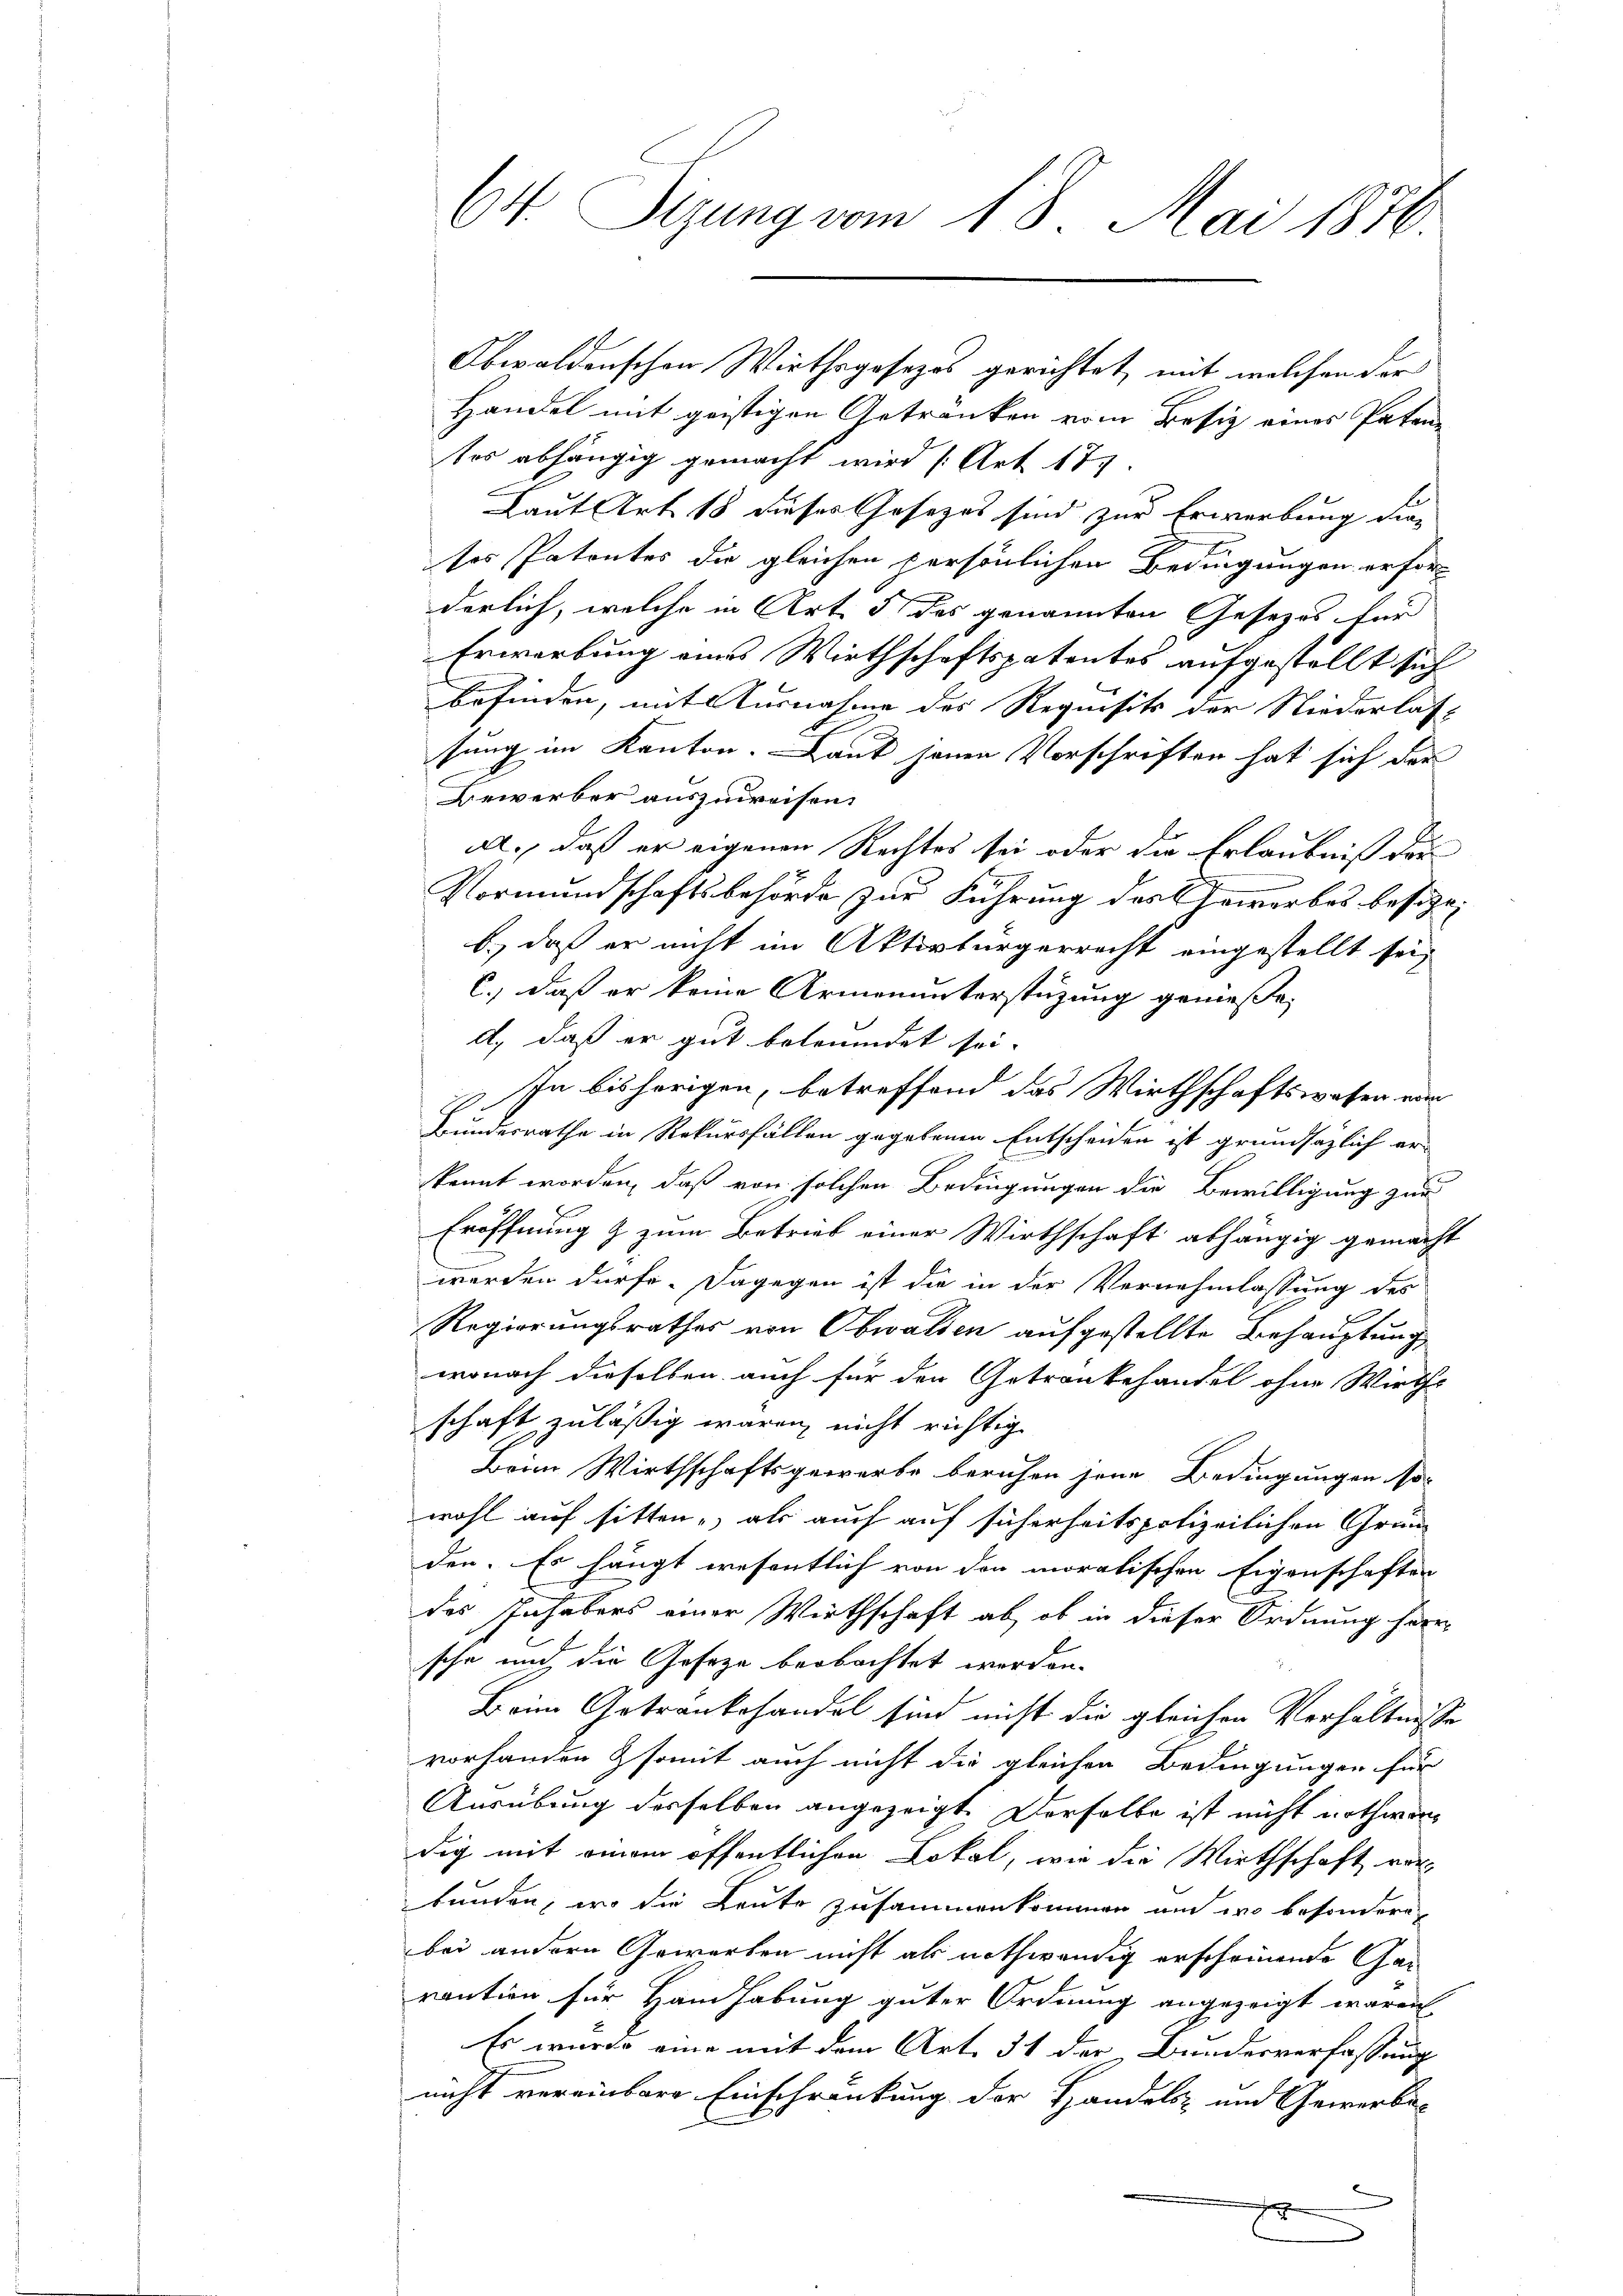
Obwaldenschen Wirthsgesetzes gerichtet, mit welchen der
Handel mit geistigen Getränken vom Besiz eines Paten
ses abhängig gemacht wird (Art. 177.
Laut Art. 18 dieser Gesezes sind zur Erwerbung die
ses Patentes die gleichen persönlichen Bedingungen erforderlich, welche in Art. 5 des genannten Gesetzes für
Erwerbung eins Wirthschaftspatentes aufgestellt sich
befinden, mit Ausnahme des Requisits der Niederlass
sung im Kanton. Laut jenen Vorschriften hat sich der
Bewerber auszuweisen.
A., daß er eigenen Rechtes sei oder die Erlaubniß der
Vormundschaftsbehörde zur Führung des Gewerbes besitze,
b.) daß er nicht im Aktivbürgerrecht eingestellt sei,
C.) daß er keine Armenunterstüzung geniesse,
d) daß er gut betreidet sei.
 In bisherigen, betreffend das Wirthschaftswesen von
Bundesrathe in Rekursfällen gegebenen Entscheiden ist grundsätzlich erkannt worden, daß von solchen Bedingungen die Bewilligung zur
Eröffnung & zum Betrieb einer Wirthschaft abhängig gemacht
werden dürfe. Dagegen ist die in der Vernehmlassung des
Regierungsrathes von Obwalden aufgestellte Behauptung
wonach dieselben auch für den Gotrankehandel ohne Wirths
schaft zulässig waren, nicht richtig
Beim Wirthschaftsgewerbe beruhen jene Bedingungen so
wohl auf sitten, als auch auf sicherheitspolizeilichen Grün
den. Es hängt wesentlich von den moralischen Eigenschaften
des Inhabers einer Wirthschaft ab, ob in dieser Ordnung herr-
sche und die Geseze beobachtet werden.
Beim Getraubehandel sind nicht die gleichen Verhältnisse
vorhanden somit auch nicht die gleichen Bedingungen für
Ausübung desselben angezeigt. Derselbe ist nicht nothwen
dig mit einem öffentlichen Lokal, wie die Wirthschaft vor-
bunden, wo die Leute zusammenkommen und wo besondere
bei andern Gewerben nicht als nothwendig erscheinende Gar
raution für Handhabung guter Ordnung angezeigt waren
Es wurde eine mit dem Art. 31 der Bundesverfassung
nicht vereinbare Einschränkung der Handels- und Gewerbe-
.
e
.

64. Sizung vom 18. Mai 1876.